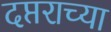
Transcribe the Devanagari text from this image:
दप्तराच्या